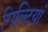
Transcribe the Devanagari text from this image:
गिल्टियां